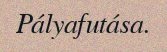
Pályafutása.